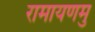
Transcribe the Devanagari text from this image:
रामायणमु